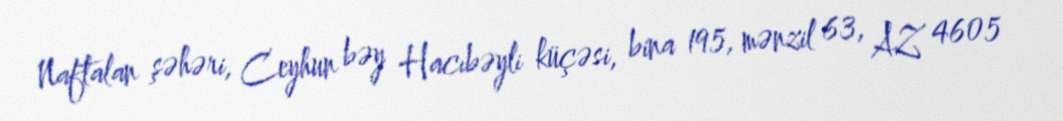
Naftalan şəhəri, Ceyhun bəy Hacıbəyli küçəsi, bina 195, mənzil 63, AZ 4605